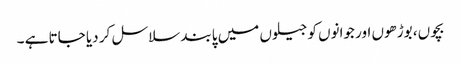
بچوں، بوڑھوں اور جوانوں کو جیلوں میں پابند سلاسل کر دیا جاتا ہے ۔